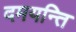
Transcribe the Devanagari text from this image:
दमयन्ति